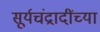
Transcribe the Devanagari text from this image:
सूर्यचंद्रादींच्या